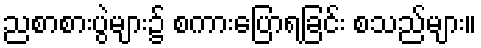
ညစာစားပွဲများ၌ စကားပြောရခြင်း စသည်များ။